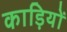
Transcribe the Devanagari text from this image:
काड़ियों